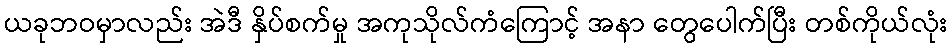
ယခုဘဝမှာလည်း အဲဒီ နှိပ်စက်မှု အကုသိုလ်ကံကြောင့် အနာ တွေပေါက်ပြီး တစ်ကိုယ်လုံး